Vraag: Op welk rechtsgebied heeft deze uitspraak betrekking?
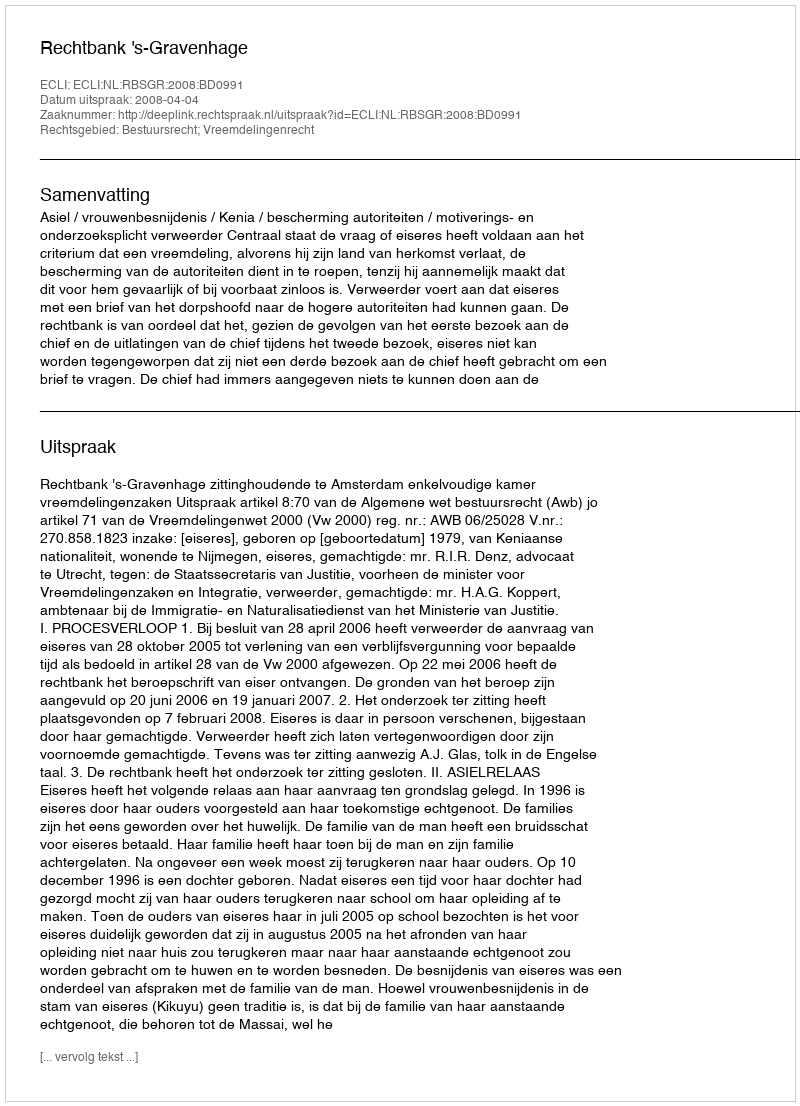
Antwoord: Bestuursrecht; Vreemdelingenrecht